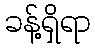
ခန့်ရှိရာ